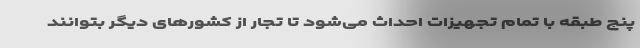
پنج طبقه با تمام تجهیزات احداث می‌شود تا تجار از کشورهای دیگر بتوانند